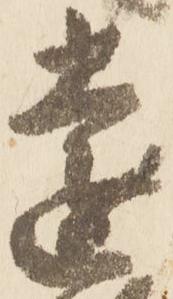
遠